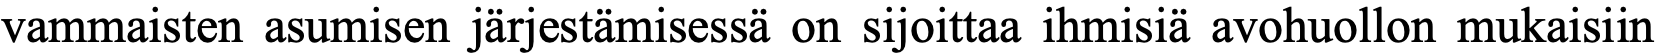
vammaisten asumisen järjestämisessä on sijoittaa ihmisiä avohuollon mukaisiin